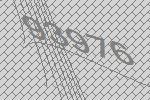
93976